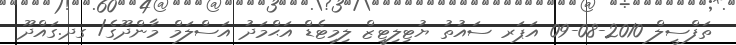
ތަފްސީލް 2010-08-09 އަޕަރ ސައުތު ޔުޓިލިޓީޒް ލިމިޓެޑް އަޙްމަދު އަސްލަމް މާންދޫގެ/ ގދ.ގައްދޫ